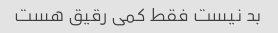
بد نیست فقط کمی رقیق هست